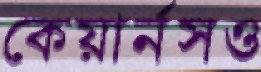
কেয়ার্নসও